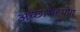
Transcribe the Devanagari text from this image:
अच्छासहयोग